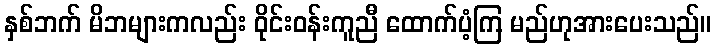
နှစ်ဘက် မိဘများကလည်း ဝိုင်းဝန်းကူညီ ထောက်ပံ့ကြ မည်ဟုအားပေးသည်။